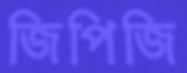
জিপিজি